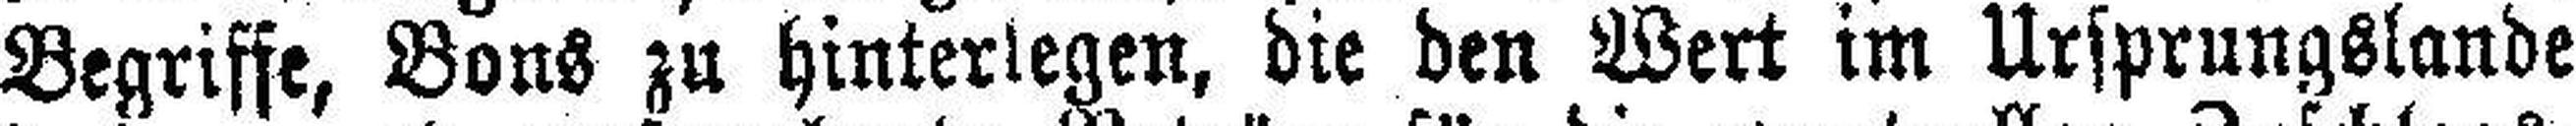
Begriffe, Bons zu hinterlegen, die den Wert im Ursprungslande